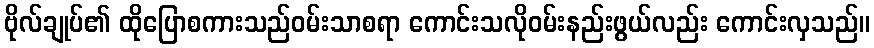
ဗိုလ်ချုပ်၏ ထိုပြောစကားသည်ဝမ်းသာစရာ ကောင်းသလိုဝမ်းနည်းဖွယ်လည်း ကောင်းလှသည်။